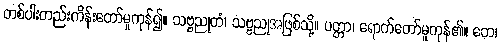
တစ်ပါးတည်းကိန်းတော်မူကုန်၍။ သဗ္ဗညုတံ၊ သဗ္ဗညုအဖြစ်သို့။ ပတ္တာ၊ ရောက်တော်မူကုန်၏။ တေ၊